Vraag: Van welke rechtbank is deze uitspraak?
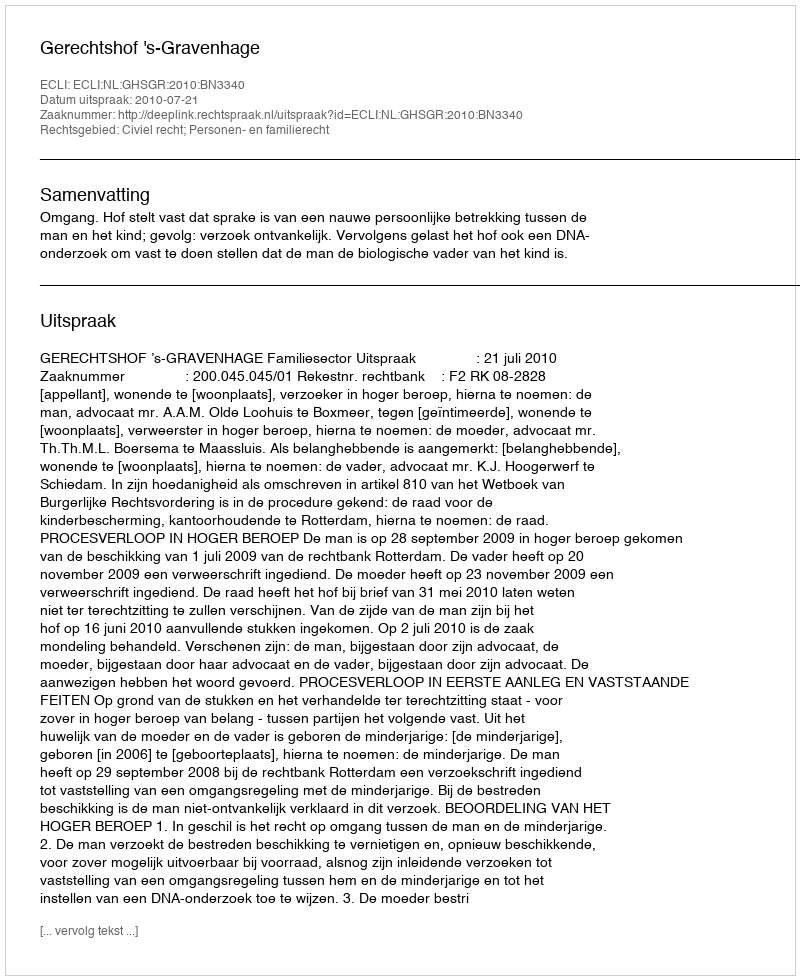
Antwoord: Gerechtshof 's-Gravenhage